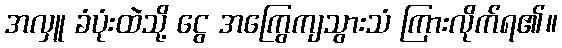
အလှူ ခံပုံးထဲသို့ ငွေ အကြွေကျသွားသံ ကြားလိုက်ရ၏။